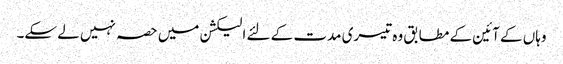
وہاں کے آئین کے مطابق وہ تیسری مدت کے لئے الیکشن میں حصہ نہیں لے سکے۔